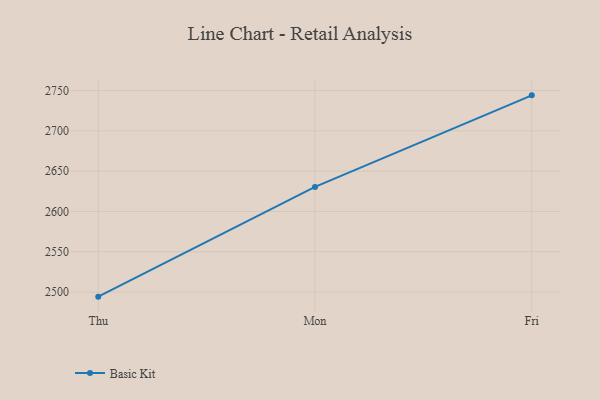
{"axis": {"x": "Day", "y": "Bounce Rate (%)"}, "legend": ["Basic Kit"], "data": [{"x": "Thu", "y": 2494.4, "type": "Basic Kit"}, {"x": "Mon", "y": 2630.5, "type": "Basic Kit"}, {"x": "Fri", "y": 2744.0, "type": "Basic Kit"}]}